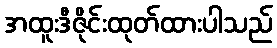
အထူးဒီဇိုင်းထုတ်ထားပါသည်